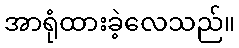
အာရုံထားခဲ့လေသည်။